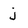
Character: j